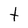
Character: t